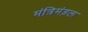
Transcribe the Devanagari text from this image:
मंत्रिमंड़ल